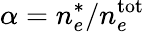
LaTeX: \alpha=n_{e}^{*}/n_{e}^{\mathrm{tot}}